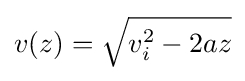
v(z)={\sqrt {v_{i}^{2}-2az}}